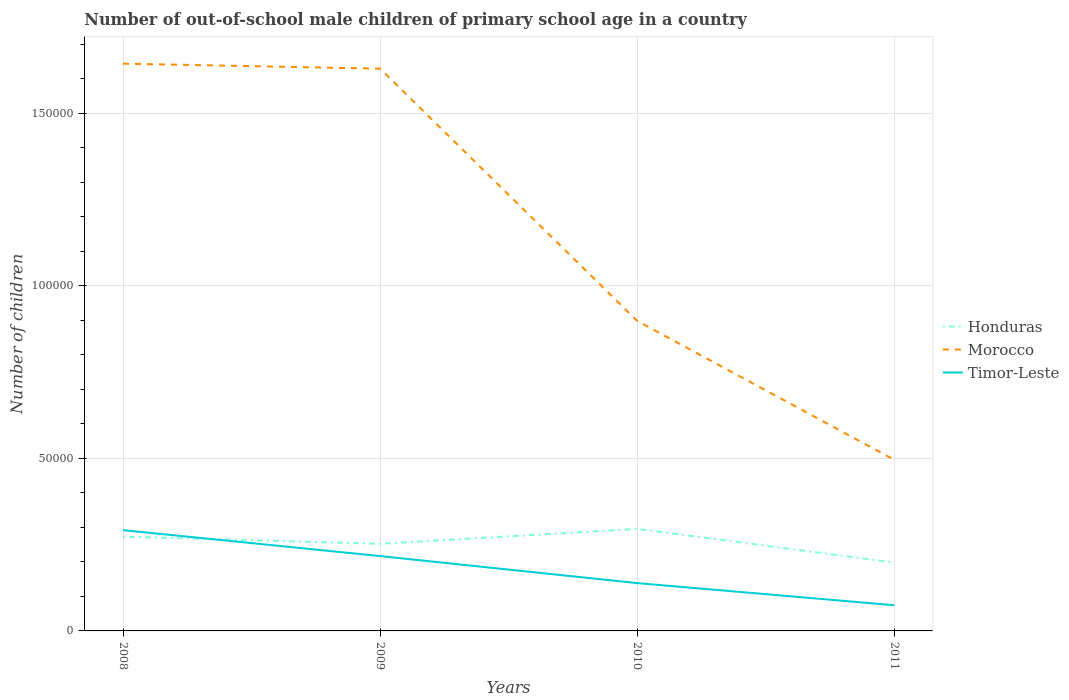
| Years | Honduras | Morocco | Timor-Leste |
 | --- | --- | --- | --- |
 | 2008 | 2.73e+04 | 1.64e+05 | 2.92e+04 |
 | 2009 | 2.52e+04 | 1.63e+05 | 2.17e+04 |
 | 2010 | 2.96e+04 | 8.99e+04 | 1.39e+04 |
 | 2011 | 1.98e+04 | 4.96e+04 | 7.44e+03 |